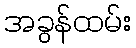
အခွန်ထမ်း